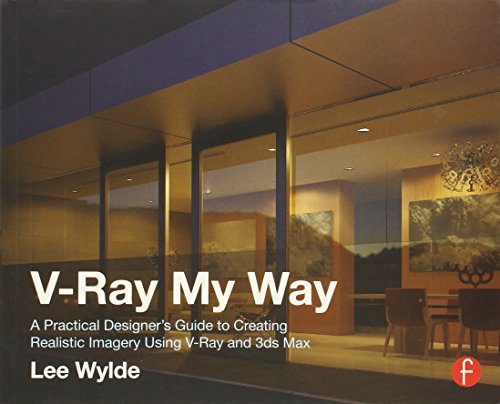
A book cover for V-Ray My Way: A Practical Designer's Guide to Creating Realistic Imagery Using V-Ray & 3ds Max; Lee Wylde; Computers & Technology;